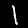
Digit: 1